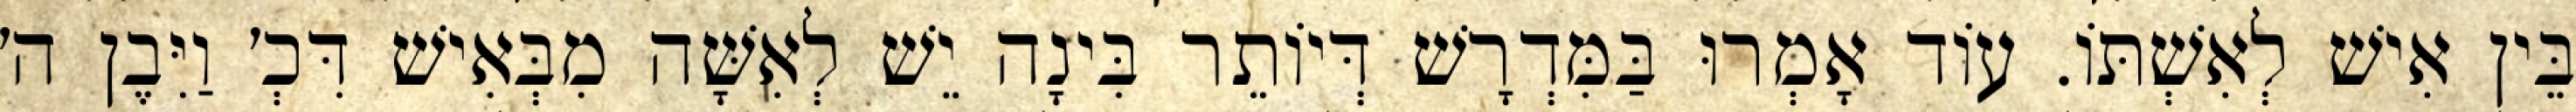
בֵּין אִישׁ לְאִשְׁתּוֹ. עוֹד אָמְרוּ בַּמִּדְרָשׁ דְּיוֹתֵר בִּינָה יֵשׁ לְאִשָּׁה מִבְּאִישׁ דִּכְ׳ וַיִּבֶן ה׳